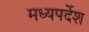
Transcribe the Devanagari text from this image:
मध्यपर्देश